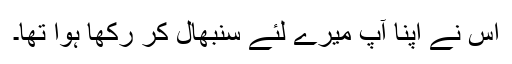
اس نے اپنا آپ میرے لئے سنبھال کر رکھا ہوا تھا۔